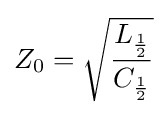
Z_{0}={\sqrt {\frac {L_{\frac {1}{2}}}{C_{\frac {1}{2}}}}}